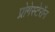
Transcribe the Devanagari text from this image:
प्रोगेस्टेरॉन